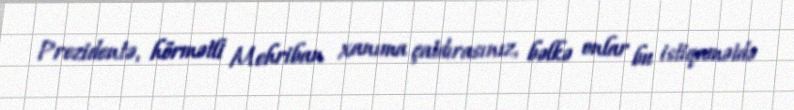
Prezidentə, hörmətli Mehriban xanıma çatdırasınız, bəlkə onlar bu istiqamətdə